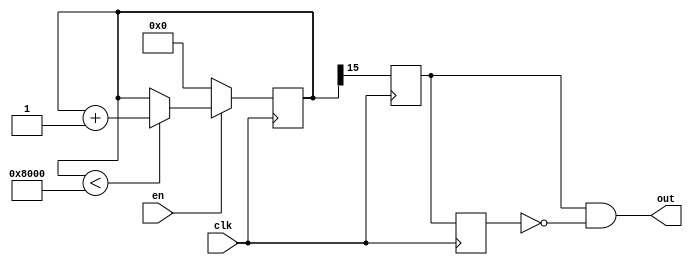
module fix_edge(
    input clk, en,
    output out
);
    reg [15:0] cnt;
    reg en1, en2;
    always@(posedge clk)
    begin
        if (en == 0)
            cnt <= 0;
        else if (cnt < 16'h8000)
            cnt <= cnt + 1;
        en1 <= cnt[15];
        en2 <= en1;
    end
    assign out = en1 & ~en2;
endmodule